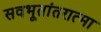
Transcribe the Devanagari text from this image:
सवभूतांतरात्मा